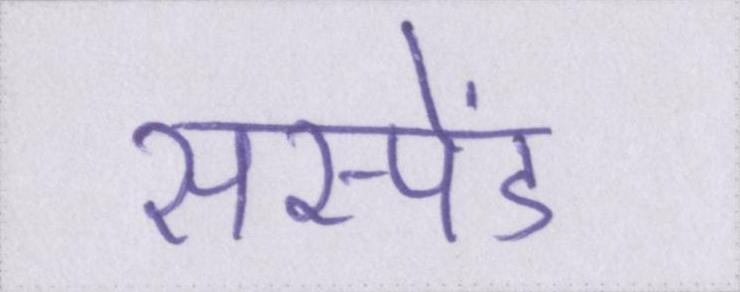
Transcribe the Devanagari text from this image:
सस्पेंड